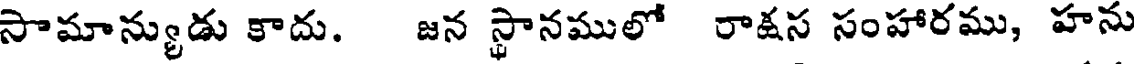
సామాన్యుడు కాదు. జన స్థానములో రాక్షస సంహారము, హను